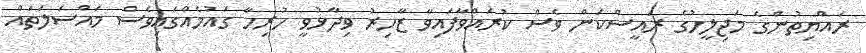
ރައްޔިތުންގެ މަޖިލީހުގެ ރައީސްކަން ވެސް ކުރައްވާފައިވާ ޒާހިރު ވިދާޅުވީ ހުރިހާ ގައުމެއްގައިވެސް މައްސަލަތައް